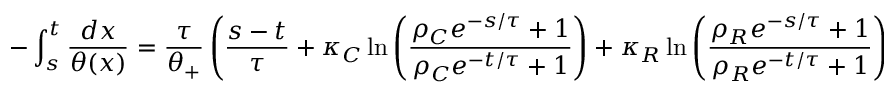
- \int _ { s } ^ { t } \frac { d x } { \theta ( x ) } = \frac { \tau } { \theta _ { + } } \left( \frac { s - t } { \tau } + \kappa _ { C } \ln \left( \frac { \rho _ { C } e ^ { - s / \tau } + 1 } { \rho _ { C } e ^ { - t / \tau } + 1 } \right) + \kappa _ { R } \ln \left( \frac { \rho _ { R } e ^ { - s / \tau } + 1 } { \rho _ { R } e ^ { - t / \tau } + 1 } \right) \right) ,